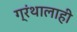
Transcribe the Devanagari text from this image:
ग्रंथालाही